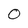
Character: 0